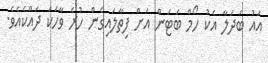
އައު ބަދަލާ އެކު ހޯމް ބަޓަން އަށް ފިތާލައިގެން ހުރެ ވާހަކަ ދައްކެއެވެ.